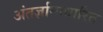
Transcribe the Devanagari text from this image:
अंतर्ज्ञानाधारित